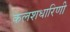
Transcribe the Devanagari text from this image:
कलशधारिणी